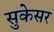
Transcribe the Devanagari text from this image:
सुकेसर